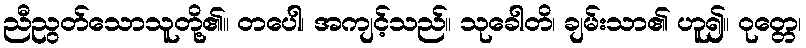
ညီညွတ်သောသူတို့၏။ တပေါ၊ အကျင့်သည်။ သုခေါတိ၊ ချမ်းသာ၏ ဟူ၍။ ဝုတ္တေ၊